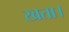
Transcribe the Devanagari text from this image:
खता।